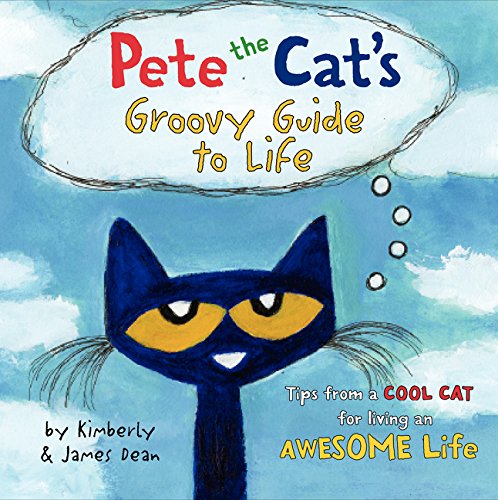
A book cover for Pete the Cat's Groovy Guide to Life; James Dean; Children's Books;